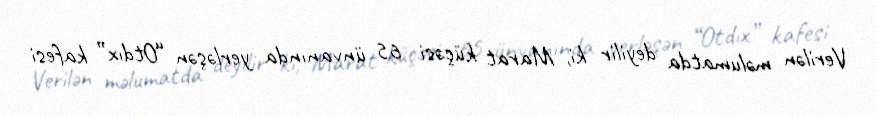
Verilən məlumatda deyilir ki, Marat küçəsi 65 ünvanında yerləşən “Otdıx” kafesi